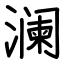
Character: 澜